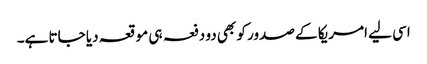
اسی لیے امریکا کے صدور کو بھی دو دفعہ ہی موقعہ دیا جاتا ہے۔